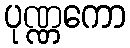
ပုဏ္ဏကော